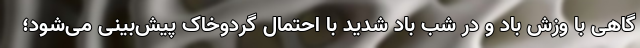
گاهی با وزش باد و در شب باد شدید با احتمال گردوخاک پیش‌بینی می‌شود؛